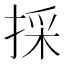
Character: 採